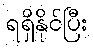
ရရှိနိုင်ပြီး